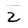
Character: Z